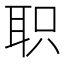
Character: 职